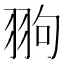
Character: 翑